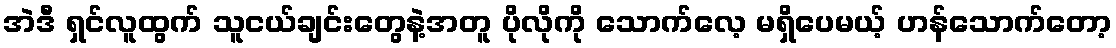
အဲဒီ ရှင်လူထွက် သူငယ်ချင်းတွေနဲ့အတူ ပိုလိုကို သောက်လေ့ မရှိပေမယ့် ဟန်သောက်တော့